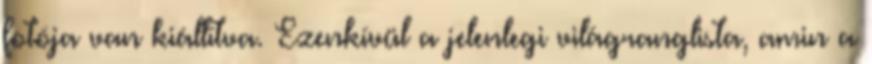
fotója van kiállítva. Ezenkívül a jelenlegi világranglista, amin a